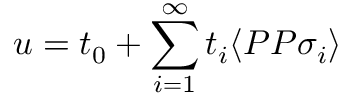
u = t _ { 0 } + \sum _ { i = 1 } ^ { \infty } t _ { i } \langle P P \sigma _ { i } \rangle